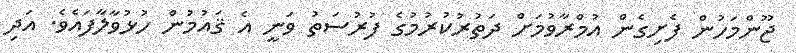
ޖޫންމަހުން ފެށިގެން އުމްރާވުމަށް ދަތުރުކުރުމުގެ ފުރުސަތު ވަނީ އެ ޤައުމުން ހުޅުވާލާފައެވެ. އަދި